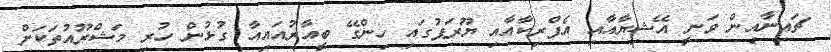
ޗައިނާއިން ވަނީ އޭޝިޔާއާއި އެފްރިކާއާއި ޔޫރަޕުގައި ހިންގޭ ބީއާރުއައިއާ ގުޅުން ހުރި މަޝްރޫއުތަކަށް